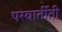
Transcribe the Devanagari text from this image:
परवार्तीती